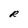
Character: R